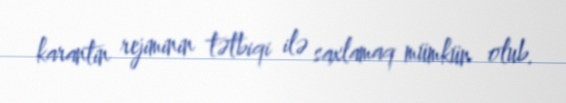
karantin rejiminin tətbiqi ilə saxlamaq mümkün olub.